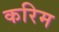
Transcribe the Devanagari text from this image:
करिम